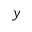
y